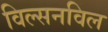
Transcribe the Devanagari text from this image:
विल्सनविल